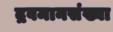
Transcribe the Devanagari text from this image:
द्रवमानसंख्या